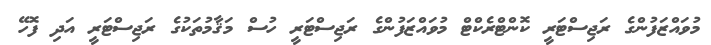
މުވައްޒަފުންގެ ރަޖިސްޓަރީ ކޮންޓްރެކްޓް މުވައްޒަފުންގެ ރަޖިސްޓަރީ ހުސް މަޤާމުތަކުގެ ރަޖިސްޓަރީ އަދި ފޮހޭ